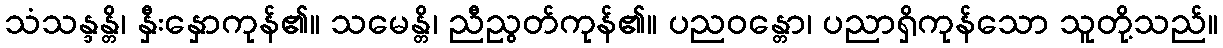
သံသန္ဒန္တိ၊ နှီးနှောကုန်၏။ သမေန္တိ၊ ညီညွတ်ကုန်၏။ ပညဝန္တော၊ ပညာရှိကုန်သော သူတို့သည်။